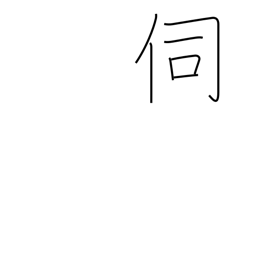
Meaning: question